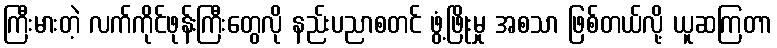
ကြီးမားတဲ့ လက်ကိုင်ဖုန်းကြီးတွေလို နည်းပညာစတင် ဖွံ့ဖြိုးမှု အစသာ ဖြစ်တယ်လို့ ယူဆကြတာ